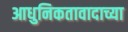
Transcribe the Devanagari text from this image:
आधुनिकतावादाच्या